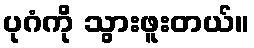
ပုဂံကို သွားဖူးတယ်။